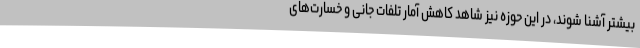
بیشتر آشنا شوند، در این حوزه نیز شاهد کاهش آمار تلفات جانی و خسارت‌های